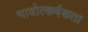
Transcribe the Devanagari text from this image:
भावोत्कर्षकता